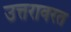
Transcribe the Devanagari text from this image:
उत्तरावरत